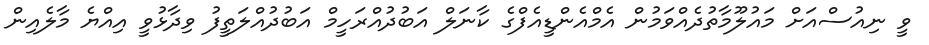
ވީ ނިއުސްއަށް މައުލޫމާތުދެއްވަމުން އެމްއެންޑީއެފްގެ ކާނަލް އަބުދުއްރަހީމް އަބުދުއްލަތީފު ވިދާޅުވީ އިއްޔެ މާލެއިން